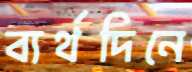
ব্যর্থদিনে